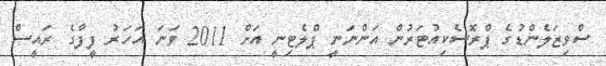
ސްވިޒަލެންޑުގެ ޕްރޮސެކިއުޓަރުން އަންނަނީ ޕްލެޓިނީ އަށް 2011 ވަނަ އަހަރު ފީފާގެ ރައީސް